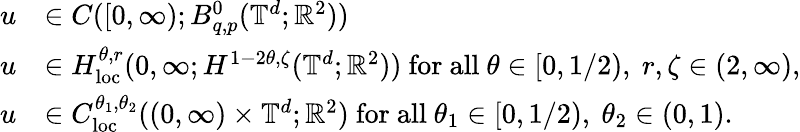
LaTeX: \begin{array}{rl}{u}&{\in C([0,\infty);B_{q,p}^{0}(\mathbb{T}^{d};{\mathbb R}^{2}))}\\ {u}&{\in H_{\mathrm{loc}}^{\theta,r}(0,\infty;H^{1-2\theta,\zeta}(\mathbb{T}^{d};{\mathbb R}^{2}))\ \mathrm{for~all~}\theta\in[0,1/2),\ r,\zeta\in(2,\infty),}\\ {u}&{\in C_{\mathrm{loc}}^{\theta_{1},\theta_{2}}((0,\infty)\times\mathbb{T}^{d};{\mathbb R}^{2})\ \mathrm{for~all~}\theta_{1}\in[0,1/2),\ \theta_{2}\in(0,1).}\end{array}